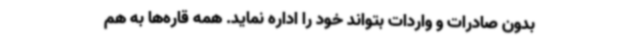
بدون صادرات و واردات بتواند خود را اداره نماید. همه قاره‌ها به هم